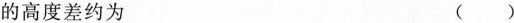
的高度差约为（）